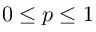
0 \le p \le 1